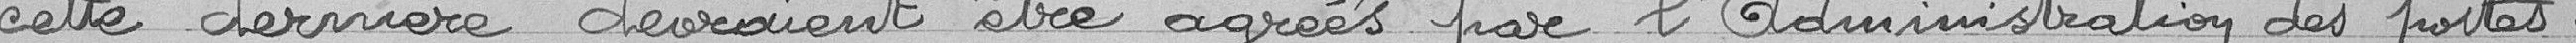
cette dernière devraient être agrées par l'Administration des postes.